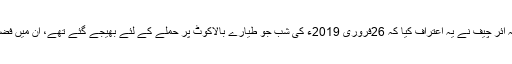
اس سیمینار کا عنوان تھا: ”نہ جنگ، نہ امن کی صورتِ حال میں ائر فورس کا رول“…… اس سیمینار میں البتہ ائر چیف نے یہ اعتراف کیا کہ 26فروری 2019ء کی شب جو طیارے بالاکوٹ پر حملے کے لئے بھیجے گئے تھے، ان میں فضا سے فضا میں مار کرنے والے میزائلوں کا وہ ورشن نصب نہ تھا جو پاکستانی طیاروں کے میزائلوں میں تھا۔